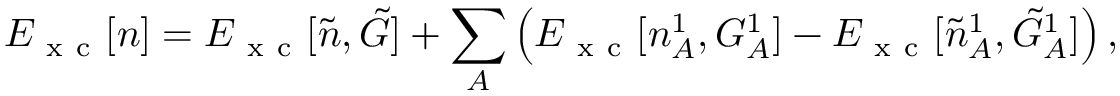
E _ { \mathrm { ~ x ~ c ~ } } [ n ] = E _ { \mathrm { ~ x ~ c ~ } } [ \tilde { n } , \tilde { G } ] + \sum _ { A } \left( E _ { \mathrm { ~ x ~ c ~ } } [ n _ { A } ^ { 1 } , G _ { A } ^ { 1 } ] - E _ { \mathrm { ~ x ~ c ~ } } [ \tilde { n } _ { A } ^ { 1 } , \tilde { G } _ { A } ^ { 1 } ] \right) ,